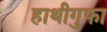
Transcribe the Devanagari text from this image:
हाथीगुफा